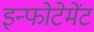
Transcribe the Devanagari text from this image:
इन्फोटेमेंट